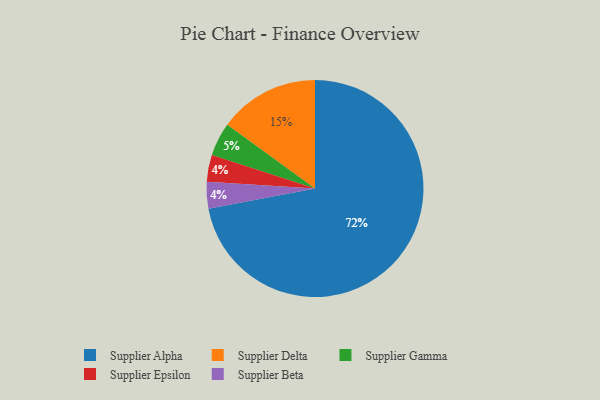
{"axis": {"x": "Category", "y": "Percentage"}, "legend": ["Supplier Alpha", "Supplier Beta", "Supplier Delta", "Supplier Epsilon", "Supplier Gamma"], "data": [{"x": "Supplier Alpha", "y": 72, "type": "Supplier Alpha"}, {"x": "Supplier Delta", "y": 15, "type": "Supplier Delta"}, {"x": "Supplier Gamma", "y": 5, "type": "Supplier Gamma"}, {"x": "Supplier Epsilon", "y": 4, "type": "Supplier Epsilon"}, {"x": "Supplier Beta", "y": 4, "type": "Supplier Beta"}]}